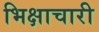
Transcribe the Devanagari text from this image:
भिक्षाचारी